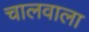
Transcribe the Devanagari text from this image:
चालवाला